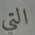
التي